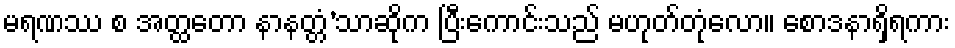
မရဏဿ စ အတ္ထတော နာနတ္တံ’သာဆိုက ပြီးကောင်းသည် မဟုတ်တုံလော။ စောဒနာရှိရကား